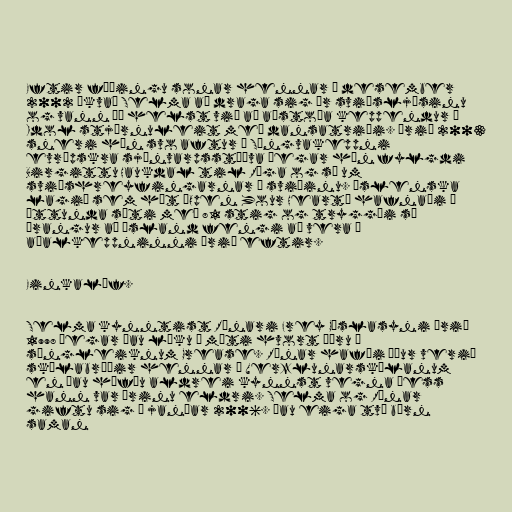
Eftir fæðingu sonar hennar í desember
2002 ákvað Selma að draga sig úr sviðsljósinu
og vann þá helst við að aðstoða keppendur í
Idol stjörnuleit með dansatriði. Árið 2003
sneri hún svo aftur í Söngvakeppni
evrópskra sjónvarpsstöðva þegar hún fylgdi
Birgittu Haukdal til Ríga og sá um
sviðshreyfingarnar á sviðinu. Íslenska
lagið sem hét „Open Your Heart” hafnaði í
áttunda sæti með 81 stig og tryggði sá
árangur að Ísland fengi að vera í
aðalkeppninni árið eftir.

Einkalíf.

Selma kynntist Rúnari Frey Gíslasyni árið
1998 þegar þau léku á móti hvort öðru í
söngleiknum Grease. Rúnar hafði áður verið
skólabróðir hennar í Verzlunarskólanum
en þau höfðu aldrei kynnst vegna þess
hann var árinu eldri. Selma og Rúnar
giftu sig í janúar 2006. Þau eiga tvö börn
saman